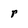
Character: r